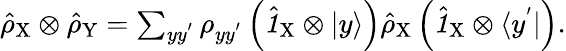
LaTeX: \begin{array}{r}{\hat{\rho}_{\mathrm{X}}\otimes\hat{\rho}_{\mathrm{Y}}=\sum_{yy^{'}}\rho_{yy^{'}}\left(\hat{\textbf{\textit{1}}\, }_{\! \mathrm{X}}\otimes|y\rangle\right)\hat{\rho}_{\mathrm{X}}\left(\hat{\textbf{\textit{1}}\, }_{\! \mathrm{X}}\otimes\langle y^{'}|\right).}\end{array}